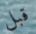
قبل